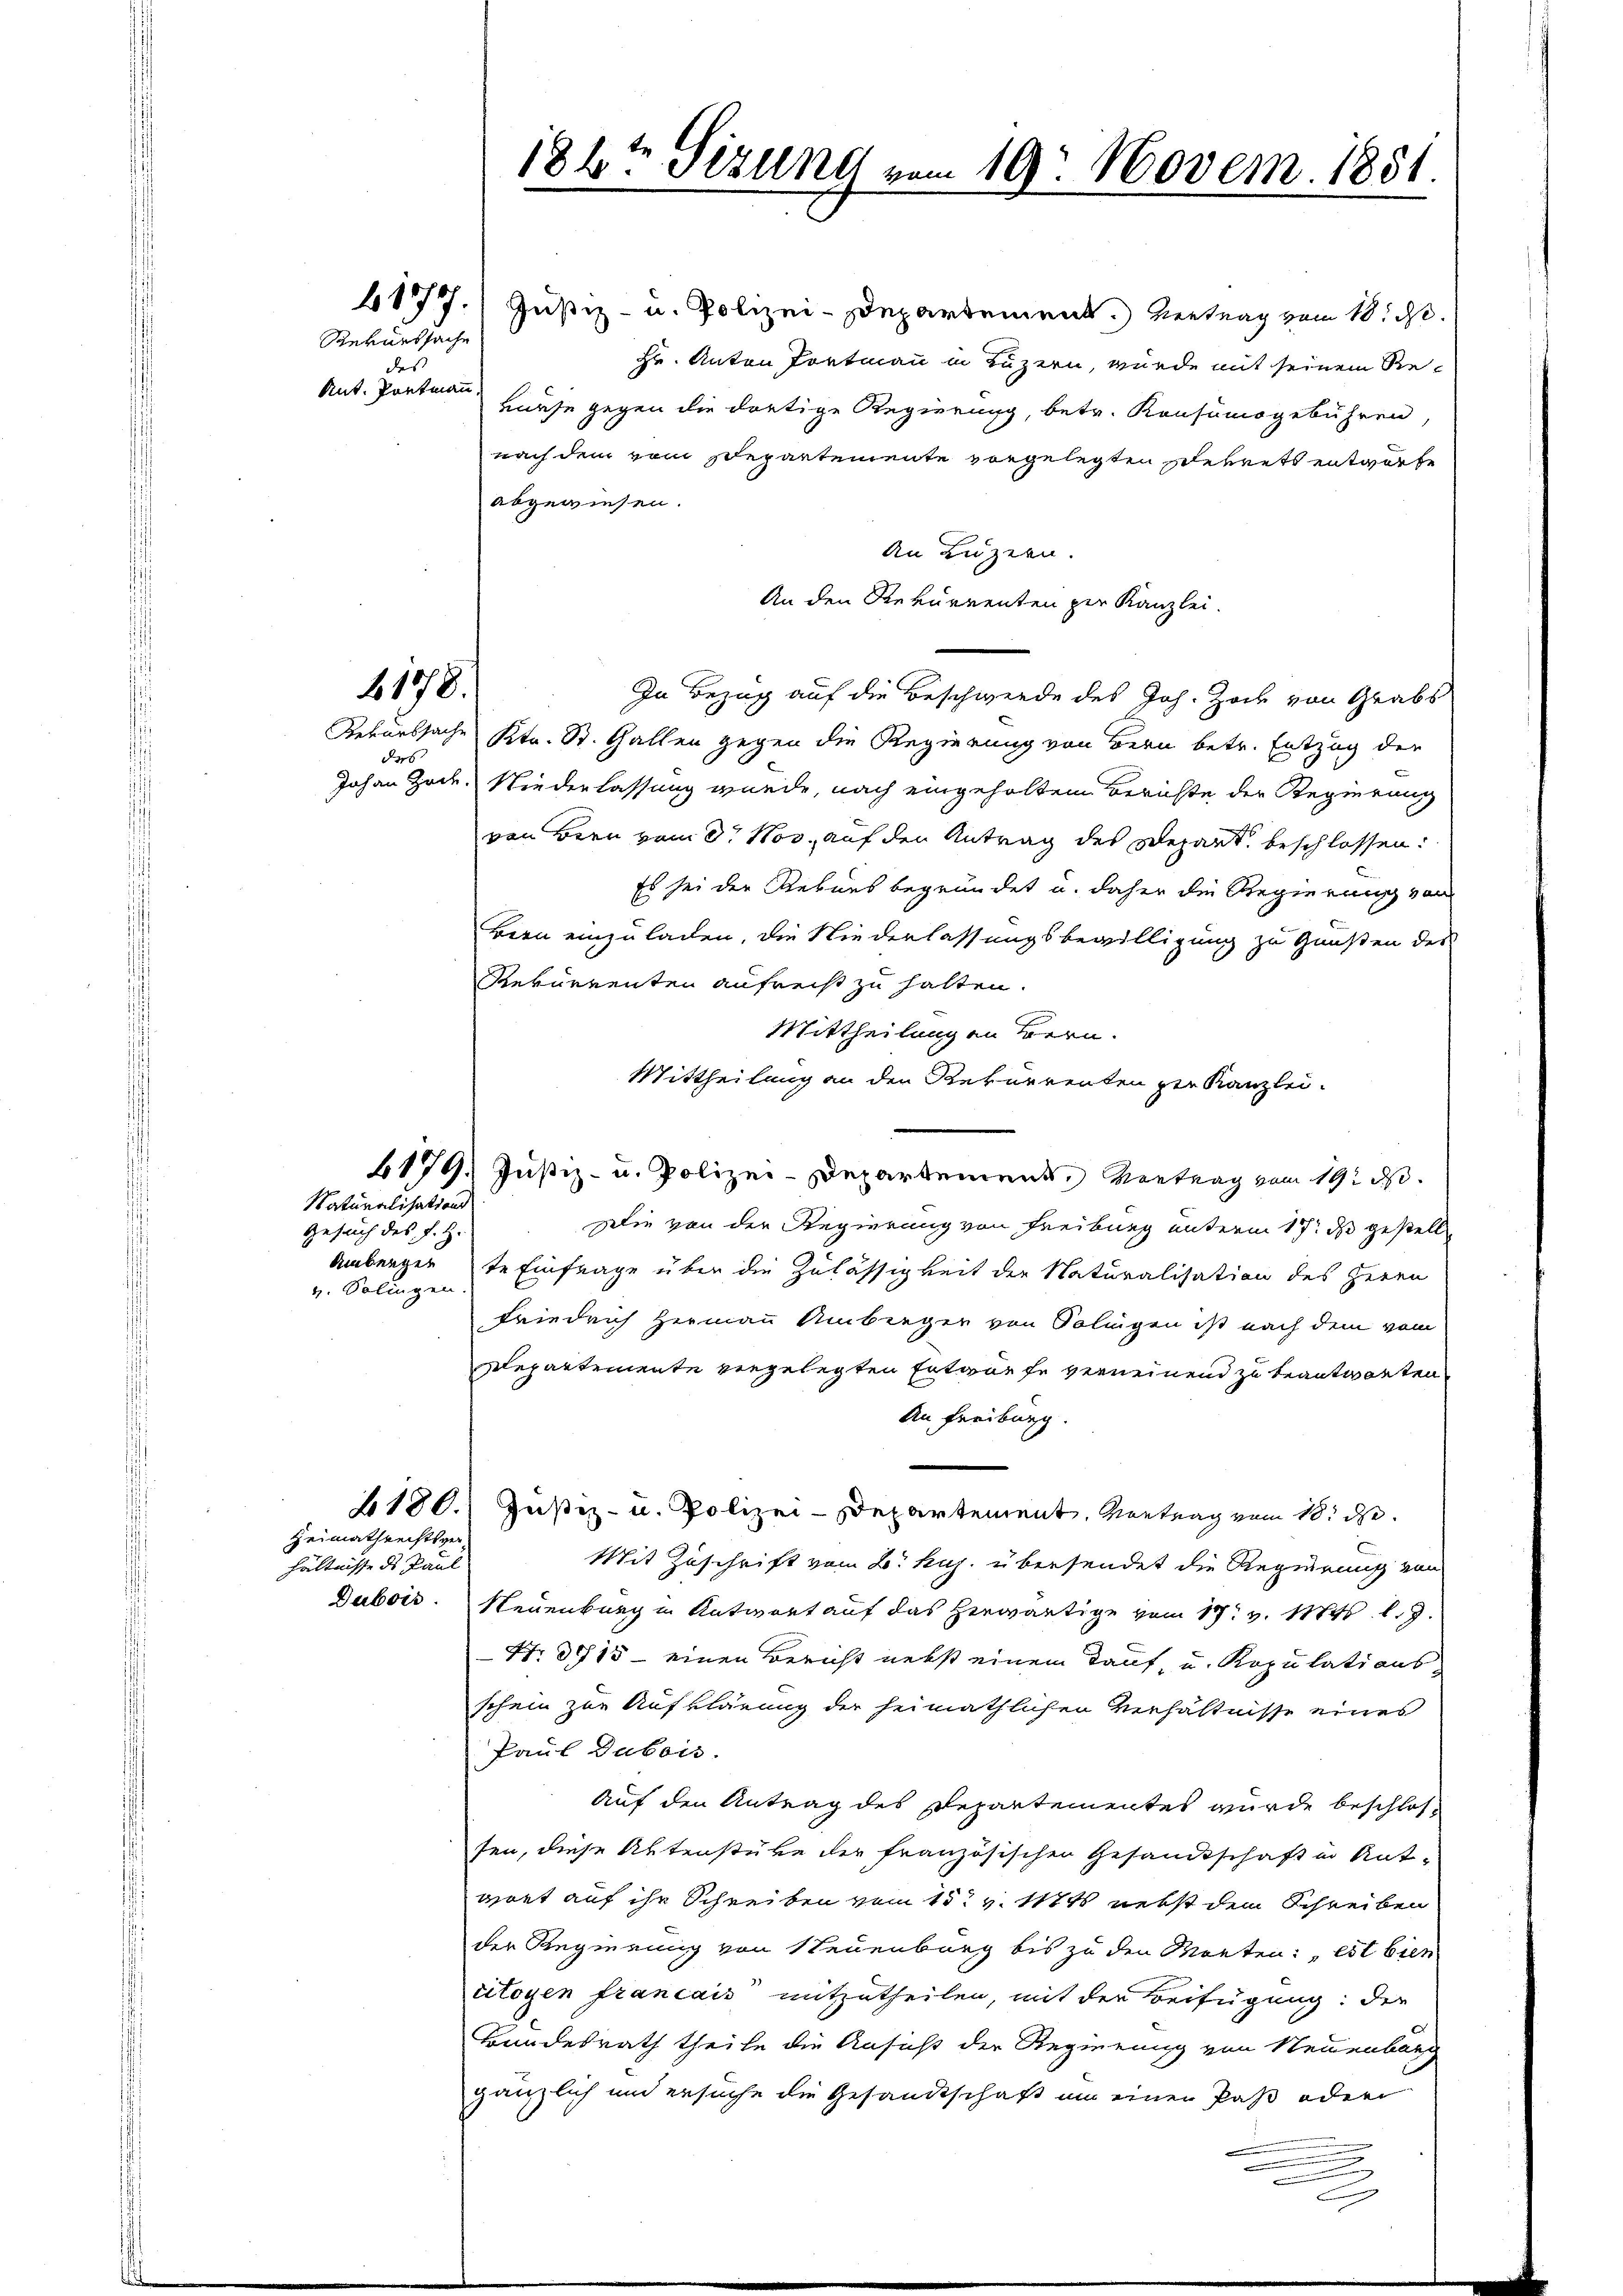
Rekurssache
des
Ant. Portmann,

ders

Naturalisations
Gesuch des J. Z.
Ambergen
und Solingen.

Heimathrechtsverhältnisse des Paul
Dubois

6178.

41777. Justiz- u. Polizei-Departement.) Vertrag vom 10. d.
Hr. Anton Tortmann in Luzern, wurde mit seinem Re¬
Hause gegen die dortige Regierung, betr. Konsumsgebühren,
nach dem vom Departemente vorgelegten Dekrets entworte
abgewiesen.
An Luzern.
An den Rekurrenten per Kanzlei.
In Bezug auf die Beschwerde des Joh. Zach von Grabs
Rekurssache Str. St. Gallen gegen die Regierung von Bern betr. Entzug der
Johann Gock. Niederlassung wurde, nach eingeholtem Berichte der Regierung
von Bern vom 8. Nov. auf den Antrag des Depart beschlossen:
Es sei der Rebens begründet u. daher die Regierung von
Bern einzuladen, die Niederlassungsbewilligung zu Gunsten des
Rekurrenten aufrecht zu halten.
Mittheilungen Bern.
Mittheilung an den Rekurrenten zur Kanzlei.
6179. Justiz- u. Polizei-Departement, Vortrag vom 19. ds.
Die von der Regierung von Freiburg unterm 17t d gestell
te Einfrage über die Zulässigkeit der Naturalisation des Herrn
Friedrich Hermann Amberger von Solingen ist nach dem vom
Departemente vorgelegten Entwurfe verneinend zu beantworten
An Freiburg.
6180.) Justiz- u. Polizei-Departement, Vortrag vom 18. d.
Mit Zuschrift vom 8. huj. übersendet die Regierung von
Neuenburg in Antwort auf das herwärtige vom 17. v. Mts. l. J.
Nr. 3715 - einen Bericht nebst einem Kauf, u. Kopulations
schein zur Aufklärung der heimathlichen Verhältnisse eines
Paul Dubois.
Auf den Antrag des Departementes wurde beschlossen, diese Aktenstüke der französischen Gesandtschaft in Ant-
giret auf ihr Schreiben vom 15t v. Mts. nebst dem Schreiben
der Regierung von Neuenburg bis zu den Monten: est bien
citoyen français mitzutheilen, mit der Beifügung: der
Bundesrath theile die Ansicht der Regierung von Neuenburg
gänzlich und ersuche die Gesandtschaft um einen Paß oder
d

186ten Sizung vom 10. Novem. 1851.